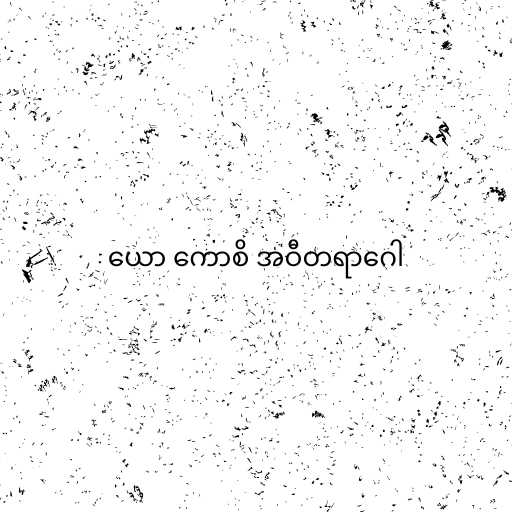
ယော ကောစိ အဝီတရာဂေါ